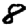
Digit: 8